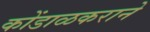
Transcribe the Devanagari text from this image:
कोंडाळकराने